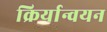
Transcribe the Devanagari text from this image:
क्रिर्यान्वयन